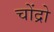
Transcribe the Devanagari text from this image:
चोंद्रो